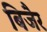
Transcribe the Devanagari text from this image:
बिजैर